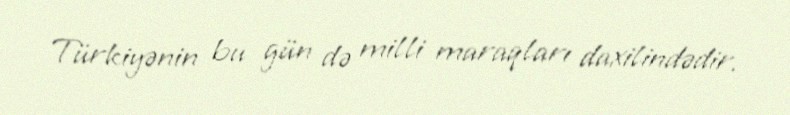
Türkiyənin bu gün də milli maraqları daxilindədir.